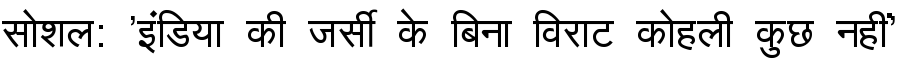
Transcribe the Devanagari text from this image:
सोशल: 'इंडिया की जर्सी के बिना विराट कोहली कुछ नहीं'